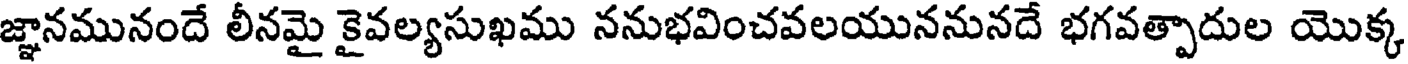
జ్ఞానమునందే లీనమై కైవల్యసుఖము ననుభవించవలయుననునదే భగవత్పాదుల యొక్క